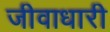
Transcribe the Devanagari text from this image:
जीवाधारी